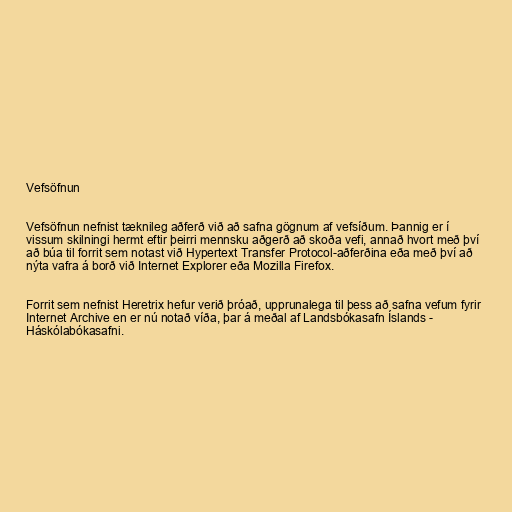
Vefsöfnun

Vefsöfnun nefnist tæknileg aðferð við að safna gögnum af vefsíðum. Þannig er í
vissum skilningi hermt eftir þeirri mennsku aðgerð að skoða vefi, annað hvort með því
að búa til forrit sem notast við Hypertext Transfer Protocol-aðferðina eða með því að
nýta vafra á borð við Internet Explorer eða Mozilla Firefox.

Forrit sem nefnist Heretrix hefur verið þróað, upprunalega til þess að safna vefum fyrir
Internet Archive en er nú notað víða, þar á meðal af Landsbókasafn Íslands -
Háskólabókasafni.